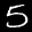
Label: 5